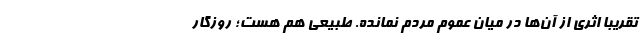
تقریبا اثری از آن‌ها در میان عموم مردم نمانده. طبیعی هم هست؛ روزگار